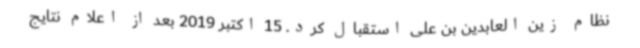
نظام زین العابدین بن علی استقبال کرد. 15 اکتبر 2019 بعد از اعلام نتایج